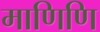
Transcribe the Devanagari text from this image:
माणिणि